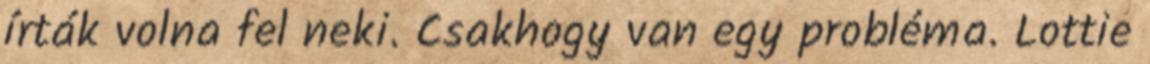
írták volna fel neki. Csakhogy van egy probléma. Lottie